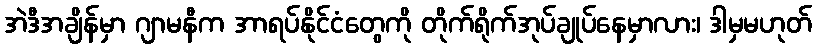
အဲဒီအချိန်မှာ ဂျာမနီက အာရပ်နိုင်ငံတွေကို တိုက်ရိုက်အုပ်ချုပ်နေမှာလား၊ ဒါမှမဟုတ်